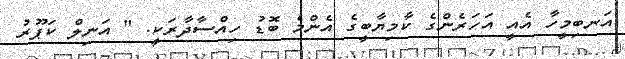
އަނބިމީހާ އެއީ އަހަރެންގެ ކާމިޔާބީގެ އެންމެ ބޮޑު ހިއްސާދާރަކީ. " އަނިލް ކަޕޫރު